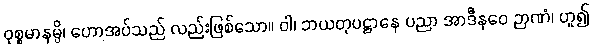
ဝုစ္စမာနမ္ပိ၊ ဟောအပ်သည် လည်းဖြစ်သော။ ဝါ၊ ဘယတုပဋ္ဌာနေ ပညာ အာဒီနဝေ ဉာဏံ၊ ဟူ၍